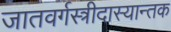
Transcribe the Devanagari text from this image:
जातवर्गस्त्रीदास्यान्तक